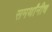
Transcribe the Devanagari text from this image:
समर्थांनीच